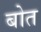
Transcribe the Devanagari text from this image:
बोत